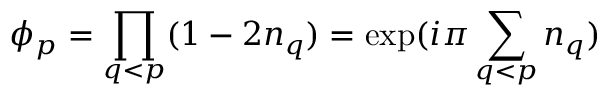
\phi _ { p } = \prod _ { q < p } ( 1 - 2 n _ { q } ) = \exp ( i \pi \sum _ { q < p } n _ { q } )